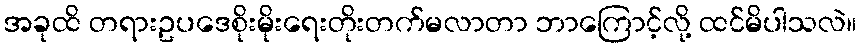
အခုထိ တရားဥပဒေစိုးမိုးရေးတိုးတက်မလာတာ ဘာကြောင့်လို့ ထင်မိပါသလဲ။